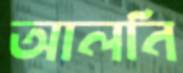
আলনি